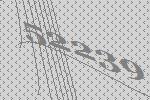
52239